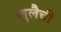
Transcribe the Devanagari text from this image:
जुलैची